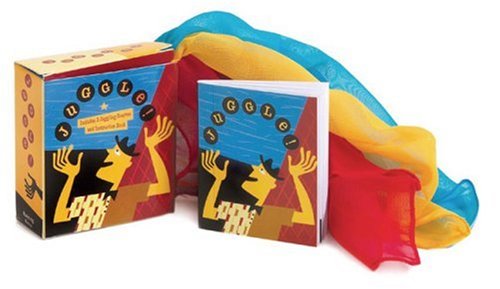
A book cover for Juggle; Richard Dingman; Sports & Outdoors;